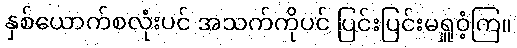
နှစ်ယောက်စလုံးပင် အသက်ကိုပင် ပြင်းပြင်းမရှူဝံ့ကြ။